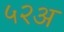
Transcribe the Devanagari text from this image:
५२अ